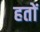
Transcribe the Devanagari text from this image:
हतों